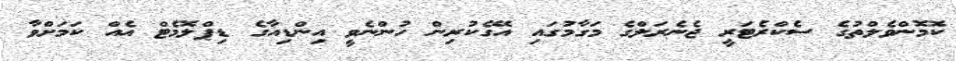
ކޮމޮންވެލްތުގެ ސެކްރެޓަރީ ޖެނެރަލްގެ މަގާމުގައި އޭގެކުރިން ހުންނެވީ އިންޑިއާގެ ޑިޕްލޮމެޓް އެއް ކަމަށްވާ